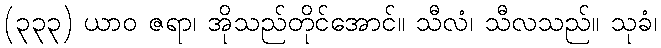
(၃၃၃) ယာဝ ဇရာ၊ အိုသည်တိုင်အောင်။ သီလံ၊ သီလသည်။ သုခံ၊